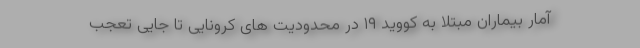
آمار بیماران مبتلا به کووید ۱۹ در محدودیت های کرونایی تا جایی تعجب